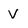
Character: V